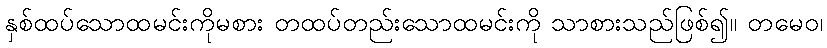
နှစ်ထပ်သောထမင်းကိုမစား တထပ်တည်းသောထမင်းကို သာစားသည်ဖြစ်၍။ တမေဝ၊